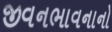
જીવનભાવનાનો